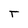
Character: T